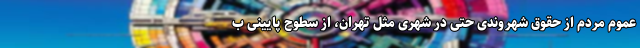
عموم مردم از حقوق شهروندی حتی در شهری مثل تهران، از سطوح پایینی ب